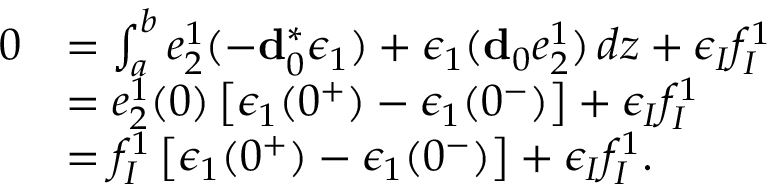
\begin{array} { r l } { 0 } & { = \int _ { a } ^ { b } e _ { 2 } ^ { 1 } ( - \mathbf { d } _ { 0 } ^ { \ast } \epsilon _ { 1 } ) + \epsilon _ { 1 } ( \mathbf { d } _ { 0 } e _ { 2 } ^ { 1 } ) \, d z + \epsilon _ { I } f _ { I } ^ { 1 } } \\ & { = e _ { 2 } ^ { 1 } ( 0 ) \left[ \epsilon _ { 1 } ( 0 ^ { + } ) - \epsilon _ { 1 } ( 0 ^ { - } ) \right] + \epsilon _ { I } f _ { I } ^ { 1 } } \\ & { = f _ { I } ^ { 1 } \left[ \epsilon _ { 1 } ( 0 ^ { + } ) - \epsilon _ { 1 } ( 0 ^ { - } ) \right] + \epsilon _ { I } f _ { I } ^ { 1 } . } \end{array}